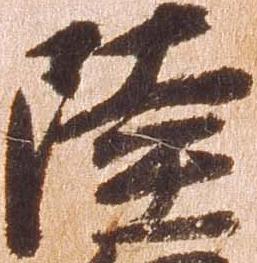
陸